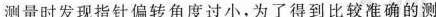
测量时发现指针偏转角度过小，为了得到比较准确的测